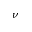
\nu